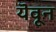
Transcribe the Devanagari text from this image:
यॆवून